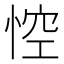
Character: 悾